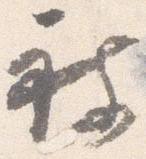
被